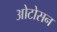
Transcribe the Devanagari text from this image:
ओटोसन